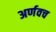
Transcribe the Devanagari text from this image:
अर्णवच